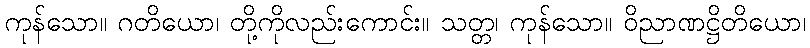
ကုန်သော။ ဂတိယော၊ တို့ကိုလည်းကောင်း။ သတ္တ၊ ကုန်သော။ ဝိညာဏဋ္ဌိတိယော၊